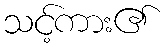
သင့်ကား၏